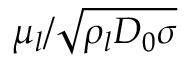
\mu _ { l } / \sqrt { \rho _ { l } D _ { 0 } \sigma }